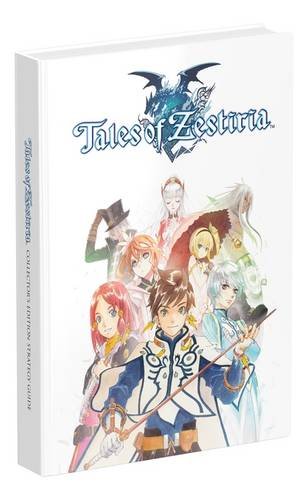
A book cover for Tales of Zestiria Collector's Edition Strategy Guide; Prima Games; Humor & Entertainment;